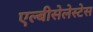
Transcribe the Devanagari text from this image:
एल्बीसेलेस्टेस